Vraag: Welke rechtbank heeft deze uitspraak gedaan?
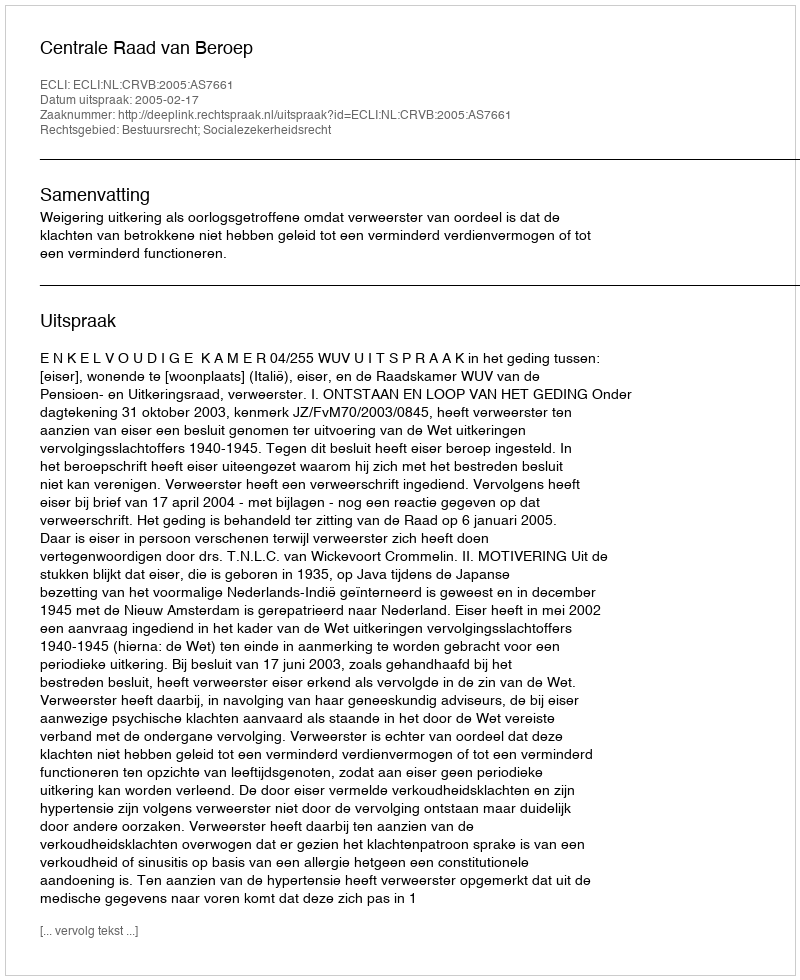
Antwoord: Centrale Raad van Beroep